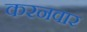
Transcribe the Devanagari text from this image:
करनवार